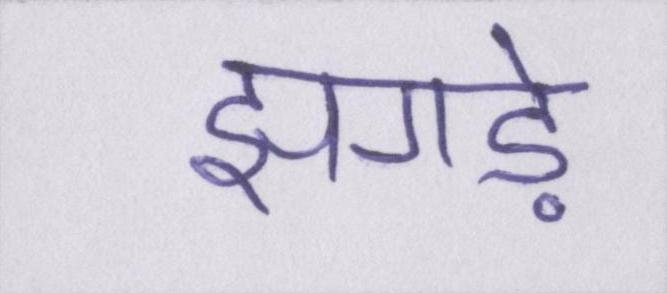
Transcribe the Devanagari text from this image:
झगड़े